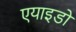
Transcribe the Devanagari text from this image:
एयाइडो